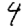
Digit: 4